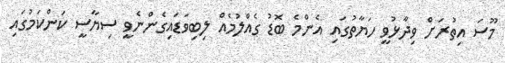
މޫސަ އިތުރަށް ވިދާޅުވީ ހަޔާތުގައި އެންމެ ބޮޑު ގެއްލުމެއް ލިބިވަޑައިގެންނެވީ ސިޔާސީ ކަންކަމުގައި